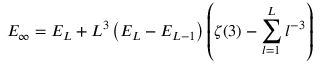
E _ { \infty } = E _ { L } + L ^ { 3 } \left( E _ { L } - E _ { L - 1 } \right) \left( \zeta ( 3 ) - \sum _ { l = 1 } ^ { L } l ^ { - 3 } \right)